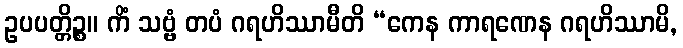
ဥပပတ္တိဉ္စ။ ကိံ သဗ္ဗံ တပံ ဂရဟိဿာမီတိ “ကေန ကာရဏေန ဂရဟိဿာမိ,